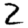
Digit: 2